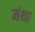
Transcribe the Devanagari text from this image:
मंथा